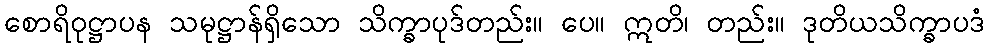
စောရိဝုဋ္ဌာပန သမုဋ္ဌာန်ရှိသော သိက္ခာပုဒ်တည်း။ ပေ။ ဣတိ၊ တည်း။ ဒုတိယသိက္ခာပဒံ